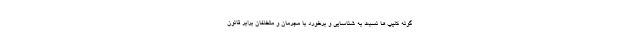
گونه کلیپ ها نسبت به شناسایی و برخورد با مجرمان و متخلفان برابر قانون